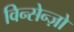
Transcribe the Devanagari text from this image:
विन्सेन्ज़ो